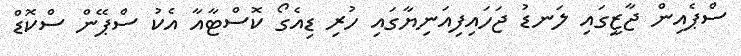
ސްޕެއިން ޖާޒީގައި ލަނޑު ޖަހައިފިއަނިޔާގައި ހުރި ޑިއެގޯ ކޮސްޓާއާ އެކު ސްޕޭން ސްކޮޑް